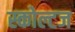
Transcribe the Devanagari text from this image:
स्कोल्टज